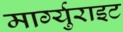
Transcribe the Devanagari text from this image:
मार्ग्युराइट